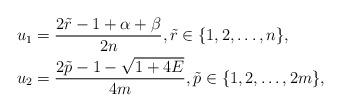
LaTeX: \begin{align*} & u_{1}=\frac{2\tilde{r}-1+\alpha+\beta}{2n},\tilde{r} \in \{1, 2, \ldots, n\}, \\ & u_{2}=\frac{2\tilde{p}-1-\sqrt{1+4E}}{4m},\tilde{p} \in \{1, 2, \ldots, 2m\}, \end{align*}